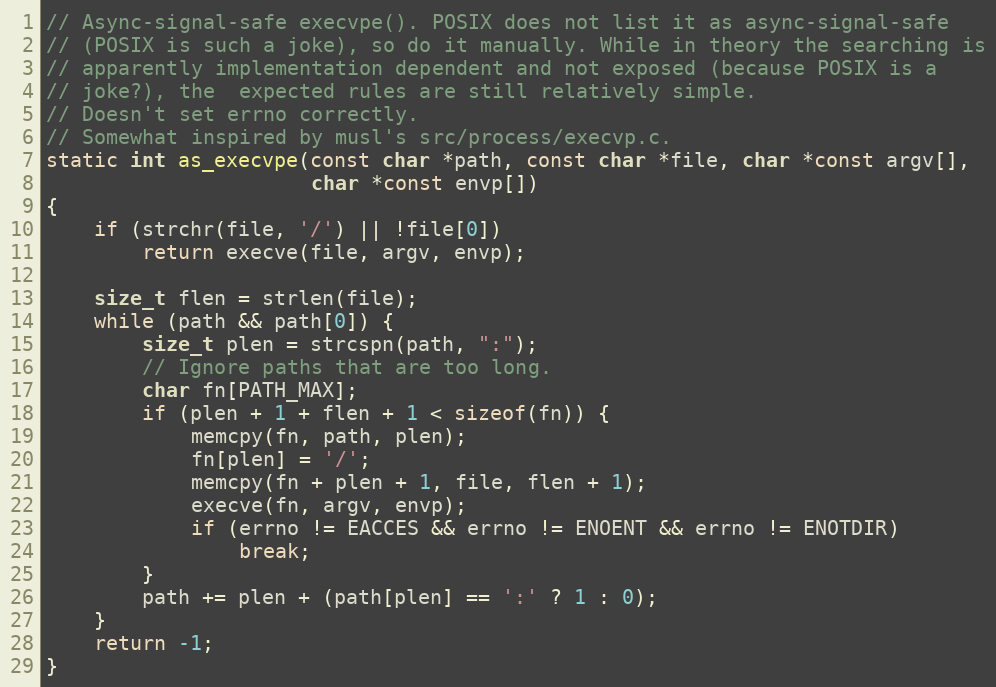
Language: C
// Async-signal-safe execvpe(). POSIX does not list it as async-signal-safe
// (POSIX is such a joke), so do it manually. While in theory the searching is
// apparently implementation dependent and not exposed (because POSIX is a
// joke?), the  expected rules are still relatively simple.
// Doesn't set errno correctly.
// Somewhat inspired by musl's src/process/execvp.c.
static int as_execvpe(const char *path, const char *file, char *const argv[],
                      char *const envp[])
{
    if (strchr(file, '/') || !file[0])
        return execve(file, argv, envp);

    size_t flen = strlen(file);
    while (path && path[0]) {
        size_t plen = strcspn(path, ":");
        // Ignore paths that are too long.
        char fn[PATH_MAX];
        if (plen + 1 + flen + 1 < sizeof(fn)) {
            memcpy(fn, path, plen);
            fn[plen] = '/';
            memcpy(fn + plen + 1, file, flen + 1);
            execve(fn, argv, envp);
            if (errno != EACCES && errno != ENOENT && errno != ENOTDIR)
                break;
        }
        path += plen + (path[plen] == ':' ? 1 : 0);
    }
    return -1;
}